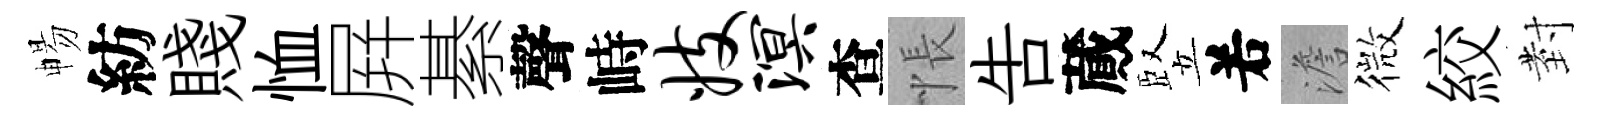
暢紡賤恤屛綦聲峙妓溟查悵吿蕆竪𠰥澹微絞𭔹